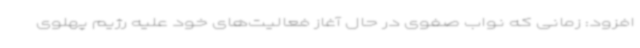
افزود: زمانی که نواب صفوی در حال آغاز فعالیت‌های خود علیه رژیم پهلوی